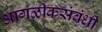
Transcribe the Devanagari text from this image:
आगळीकसंबंधी